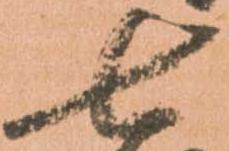
七